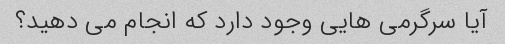
آیا سرگرمی هایی وجود دارد که انجام می دهید؟